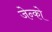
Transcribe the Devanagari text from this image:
जेन्को